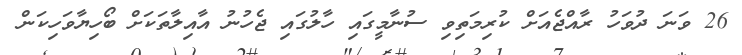
26 ވަނަ ދުވަހު ރާއްޖެއަށް ކުރިމަތިވި ސުނާމީގައި ހާލުގައި ޖެހުނު އާއިލާތަކަށް ބޯހިޔާވަހިކަން